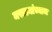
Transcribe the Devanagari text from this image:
मराठ्यांच्याच